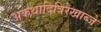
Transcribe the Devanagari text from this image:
अकथादित्रिरेखाब्जे